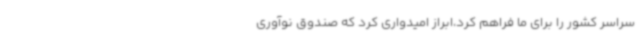
سراسر کشور را برای ما فراهم کرد،ابراز امیدواری کرد که صندوق نوآوری